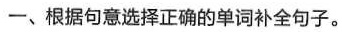
一、根据句意选择正确的单词补全句子。